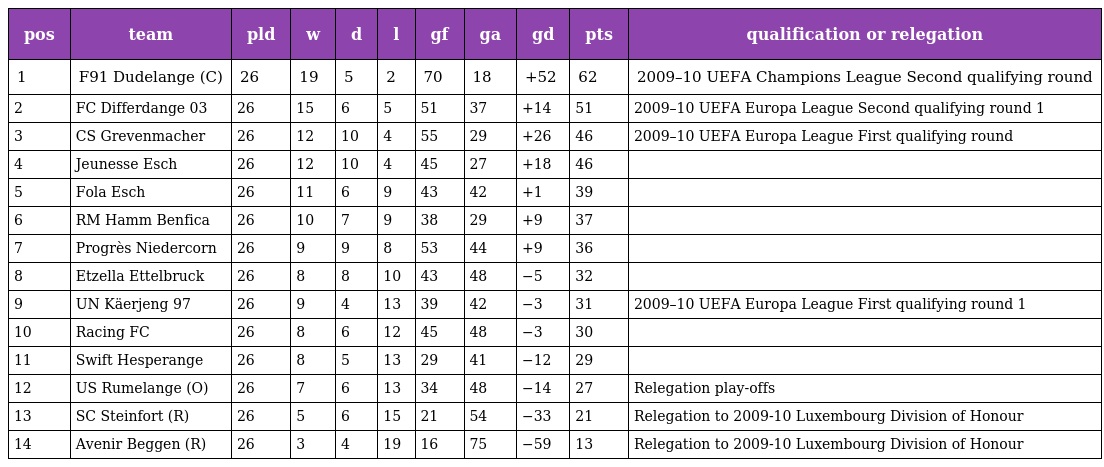
| pos | team | pld | w | d | l | gf | ga | gd | pts | qualification or relegation |
 | --- | --- | --- | --- | --- | --- | --- | --- | --- | --- | --- |
 | 1 | F91 Dudelange (C) | 26 | 19 | 5 | 2 | 70 | 18 | +52 | 62 | 2009–10 UEFA Champions League Second qualifying round |
 | 2 | FC Differdange 03 | 26 | 15 | 6 | 5 | 51 | 37 | +14 | 51 | 2009–10 UEFA Europa League Second qualifying round 1 |
 | 3 | CS Grevenmacher | 26 | 12 | 10 | 4 | 55 | 29 | +26 | 46 | 2009–10 UEFA Europa League First qualifying round |
 | 4 | Jeunesse Esch | 26 | 12 | 10 | 4 | 45 | 27 | +18 | 46 |  |
 | 5 | Fola Esch | 26 | 11 | 6 | 9 | 43 | 42 | +1 | 39 |  |
 | 6 | RM Hamm Benfica | 26 | 10 | 7 | 9 | 38 | 29 | +9 | 37 |  |
 | 7 | Progrès Niedercorn | 26 | 9 | 9 | 8 | 53 | 44 | +9 | 36 |  |
 | 8 | Etzella Ettelbruck | 26 | 8 | 8 | 10 | 43 | 48 | −5 | 32 |  |
 | 9 | UN Käerjeng 97 | 26 | 9 | 4 | 13 | 39 | 42 | −3 | 31 | 2009–10 UEFA Europa League First qualifying round 1 |
 | 10 | Racing FC | 26 | 8 | 6 | 12 | 45 | 48 | −3 | 30 |  |
 | 11 | Swift Hesperange | 26 | 8 | 5 | 13 | 29 | 41 | −12 | 29 |  |
 | 12 | US Rumelange (O) | 26 | 7 | 6 | 13 | 34 | 48 | −14 | 27 | Relegation play-offs |
 | 13 | SC Steinfort (R) | 26 | 5 | 6 | 15 | 21 | 54 | −33 | 21 | Relegation to 2009-10 Luxembourg Division of Honour |
 | 14 | Avenir Beggen (R) | 26 | 3 | 4 | 19 | 16 | 75 | −59 | 13 | Relegation to 2009-10 Luxembourg Division of Honour |